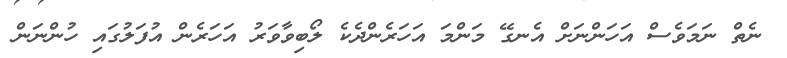
ނެތް ނަމަވެސް އަހަންނަށް އެނގޭ މަންމަ އަހަރެންދެކެ ލޯބިވާވަރު އަހަރެން އުފަލުގައި ހުންނަން